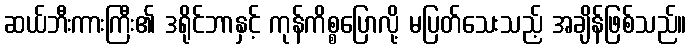
ဆယ်ဘီးကားကြီး၏ ဒရိုင်ဘာနှင့် ကုန်ကိစ္စပြောလို့ မပြတ်သေးသည့် အချိန်ဖြစ်သည်။